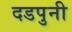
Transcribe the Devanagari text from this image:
दडपुनी